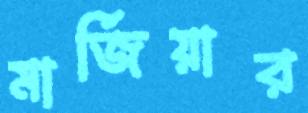
মার্জিয়ার